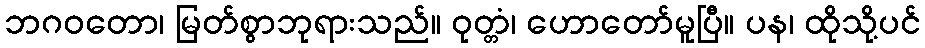
ဘဂဝတော၊ မြတ်စွာဘုရားသည်။ ဝုတ္တံ၊ ဟောတော်မူပြီ။ ပန၊ ထိုသို့ပင်